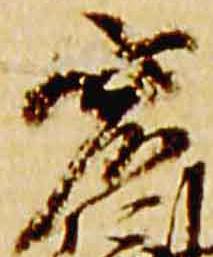
宏